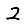
Digit: 2